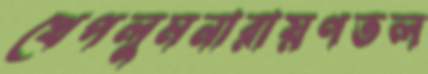
খেপলুমনারায়ণতল